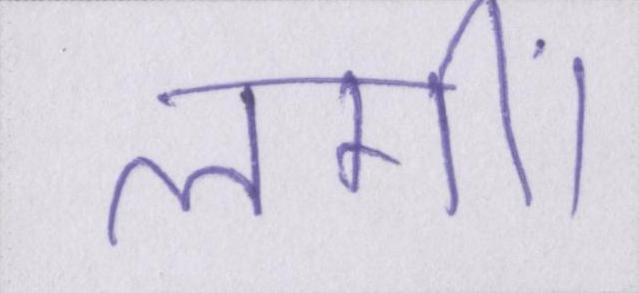
लगीं।